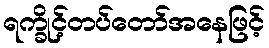
ရက္ခိုင့်တပ်တော်အနေဖြင့်